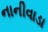
નાનીવાડા